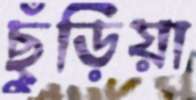
ছুঁড়িয়া